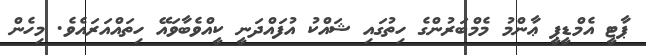
ޕާޓީ އެމްޑީޕީ ޢާންމު މެމްބަރުންގެ ހިތުގައި ޝައްކު އުފައްދަނީ ކީއްވެބާވައޭ ހިތައްއަރައެވެ. މިހެން